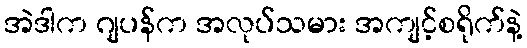
အဲဒါက ဂျပန်က အလုပ်သမား အကျင့်စရိုက်နဲ့